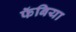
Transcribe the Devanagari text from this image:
फॅबिया